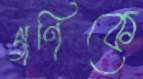
গণিকে